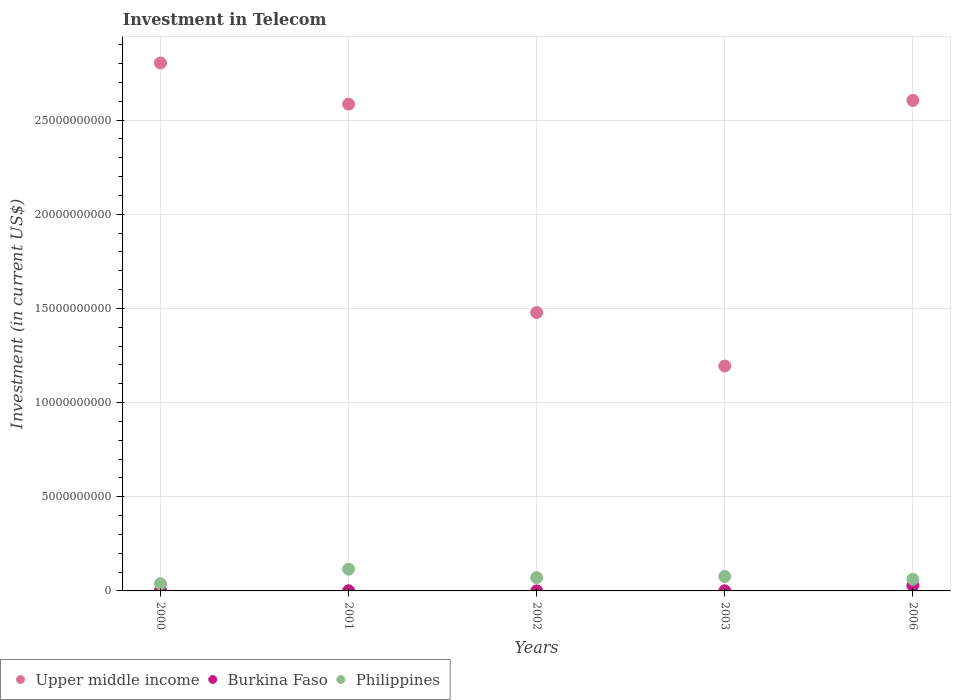
| Years | Upper middle income | Burkina Faso | Philippines |
 | --- | --- | --- | --- |
 | 2000 | 2.8e+10 | 2.74e+07 | 3.84e+08 |
 | 2001 | 2.58e+10 | 8.2e+06 | 1.16e+09 |
 | 2002 | 1.48e+10 | 1e+06 | 7.06e+08 |
 | 2003 | 1.19e+10 | 5.25e+06 | 7.67e+08 |
 | 2006 | 2.6e+10 | 2.9e+08 | 6.19e+08 |